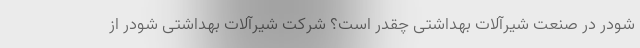
شودر در صنعت شیرآلات بهداشتی چقدر است؟ شرکت شیرآلات بهداشتی شودر از